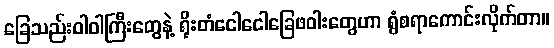
ခြေသည်းဝါဝါကြီးတွေနဲ့ ရိုးတံငေါငေါခြေဖဝါးတွေဟာ ရွံစရာကောင်းလိုက်တာ။